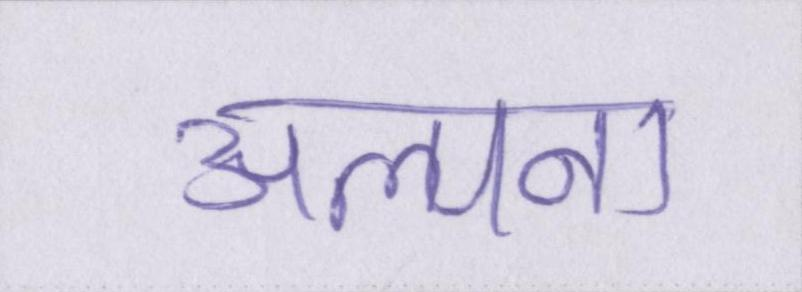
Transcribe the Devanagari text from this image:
अल्पना